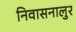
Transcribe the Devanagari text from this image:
निवासनालुर